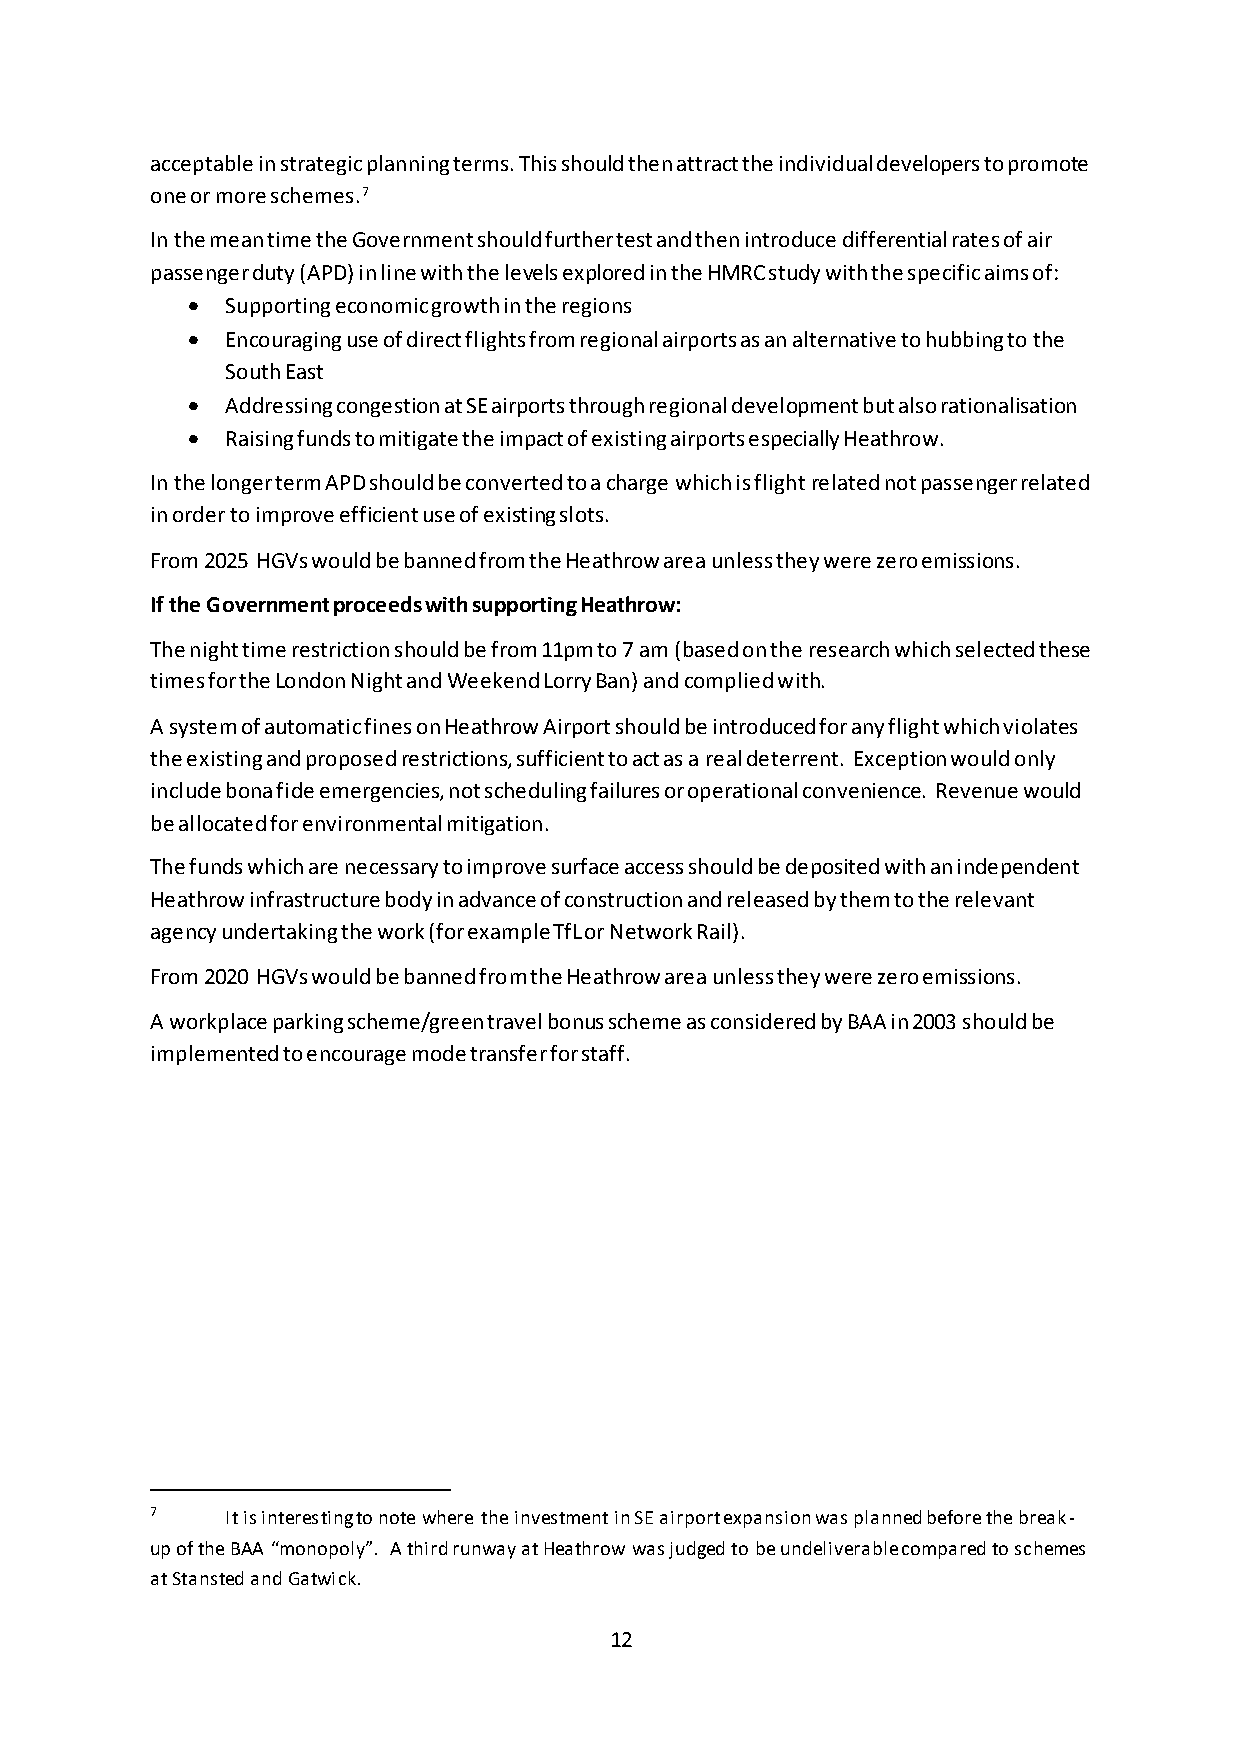
acceptable in strategic planning terms. This should then attract the individual developers to promote
 one or more schemes.7
 In the mean time the Government should further test and then introduce differential rates of air
 passenger duty (APD) in line with the levels explored in the HMRC study with the specific aims of:
   Supporting economic growth in the regions
   Encouraging use of direct flights from regional airports as an alternative to hubbing to the
 South East
   Addressing congestion at SE airports through regional development but also rationalisation
   Raising funds to mitigate the impact of existing airports especially Heathrow.
 In the longer term APD should be converted to a charge which is flight related not passenger related
 in order to improve efficient use of existing slots.
 From 2025 HGVs would be banned from the Heathrow area unless they were zero emissions.
 If the Government proceeds with supporting Heathrow:
 The night time restriction should be from 11pm to 7 am (based on the research which selected these
 times for the London Night and Weekend Lorry Ban) and complied with.
 A system of automatic fines on Heathrow Airport should be introduced for any flight which violates
 the existing and proposed restrictions, sufficient to act as a real deterrent. Exception would only
 include bona fide emergencies, not scheduling failures or operational convenience. Revenue would
 be allocated for environmental mitigation.
 The funds which are necessary to improve surface access should be deposited with an independent
 Heathrow infrastructure body in advance of construction and released by them to the relevant
 agency undertaking the work (for example TfL or Network Rail).
 From 2020 HGVs would be banned from the Heathrow area unless they were zero emissions.
 A workplace parking scheme/green travel bonus scheme as considered by BAA in 2003 should be
 implemented to encourage mode transfer for staff.
 7    It is interesting to note where the investment in SE airport expansion was planned before the break-
 up of the BAA “monopoly”. A third runway at Heathrow was judged to be undeliverable compared to schemes
 at Stansted and Gatwick.
 12